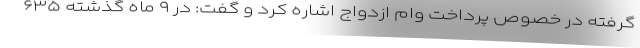
گرفته در خصوص پرداخت وام ازدواج اشاره کرد و گفت: در ۹ ماه گذشته ۶۳۵